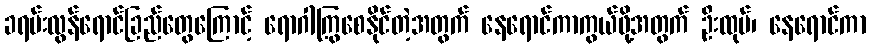
ခရမ်းလွန်ရောင်ခြည်တွေကြောင့် ရောဂါကြွစေနိုင်တဲ့အတွက် နေရောင်ကာကွယ်ဖို့အတွက် ဦးထုပ်၊ နေရောင်ကာ